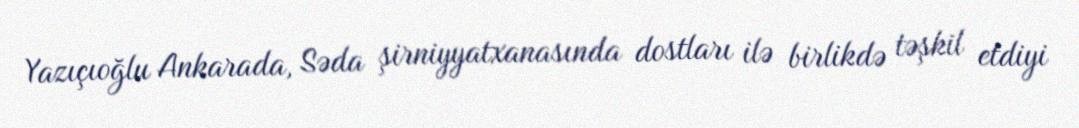
Yazıçıoğlu Ankarada, Səda şirniyyatxanasında dostları ilə birlikdə təşkil etdiyi